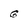
Character: G